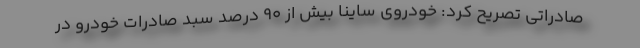
صادراتی تصریح کرد: خودروی ساینا بیش از ۹۰ درصد سبد صادرات خودرو در